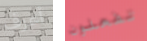
أعرف تفعلون